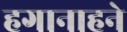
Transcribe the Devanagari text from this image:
हगानाहने